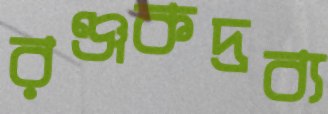
রঞ্জকদ্রব্য